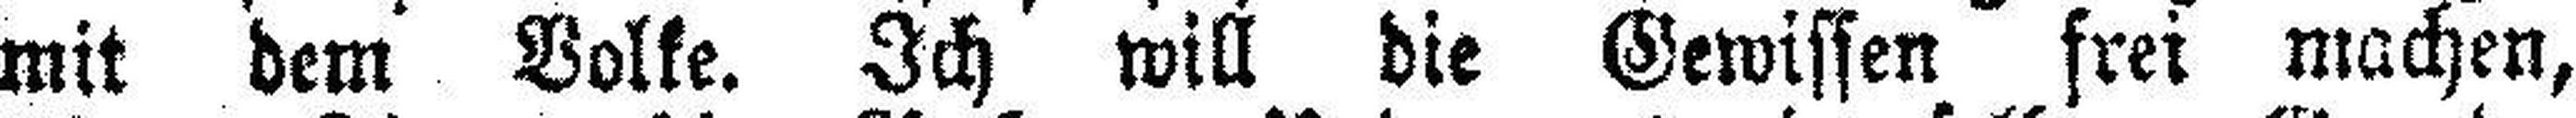
mit dem Volke. Ich will die Gewissen frei machen,